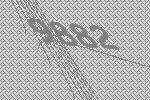
9882